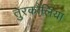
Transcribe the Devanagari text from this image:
तुरकौलिया